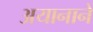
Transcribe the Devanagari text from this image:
अयानाने